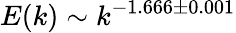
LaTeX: E(k)\sim k^{-1.666\pm 0.001}